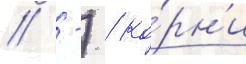
// -) / ко́рн'и